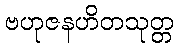
ဗဟုဇနဟိတသုတ္တ